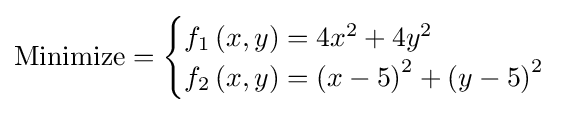
{\text{Minimize}}={\begin{cases}f_{1}\left(x,y\right)=4x^{2}+4y^{2}\\f_{2}\left(x,y\right)=\left(x-5\right)^{2}+\left(y-5\right)^{2}\\\end{cases}}